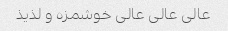
عالی عالی عالی خوشمزه و لذیذ